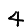
Digit: 4